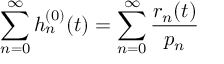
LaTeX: \sum _ { n = 0 } ^ { \infty } h _ { n } ^ { ( 0 ) } ( t ) = \sum _ { n = 0 } ^ { \infty } \frac { r _ { n } ( t ) } { p _ { n } }